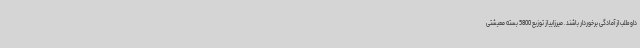
داوطلب از آمادگی برخوردار باشند. میرزاییاز توزیع 5800 بسته معیشتی